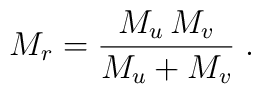
M_r = \frac{M_u\,M_v}{M_u+M_v}\;.